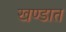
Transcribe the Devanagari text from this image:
खण्डात